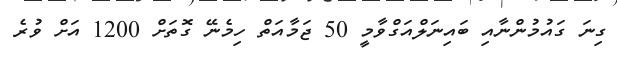
ގިނަ ގައުމުންނާއި ބައިނަލްއަގްވާމީ 50 ޖަމާއަތް ހިމެނޭ ގޮތަށް 1200 އަށް ވުރެ